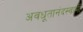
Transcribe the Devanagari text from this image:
अवधूतानंदस्वामी